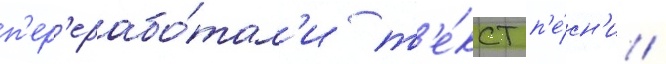
п'ер'ерабо́тал'и т'е́кст п'е́сн'и /